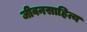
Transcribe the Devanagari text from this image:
जीवनसाहित्य